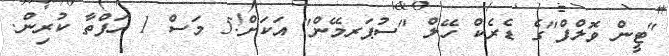
"ޓީން ވޮލްފް"ގެ ޑެރެކް ހޭލް "ސުޕަރމޭން" އަކަށް!5 މަސް 1 ހަފްތާ ކުރިން.